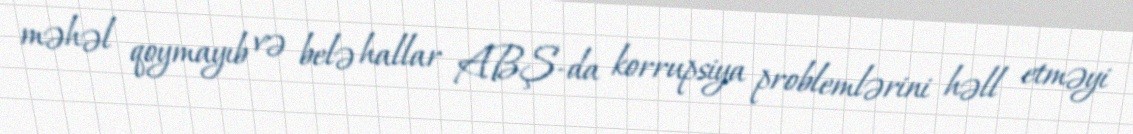
məhəl qoymayıb və belə hallar ABŞ-da korrupsiya problemlərini həll etməyi